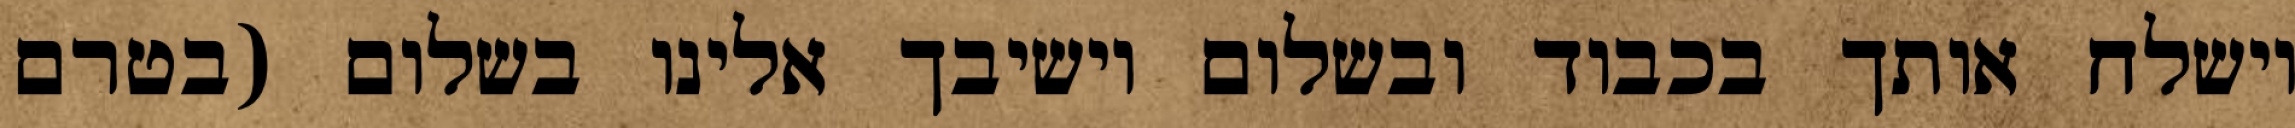
וישלח אותך בכבוד ובשלום וישיבך אלינו בשלום (בטרם